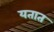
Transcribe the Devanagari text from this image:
यतात